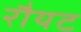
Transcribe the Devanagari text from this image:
रौयट